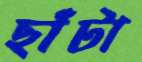
ছাঁটা